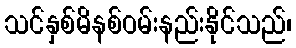
သင်နှစ်မိနစ်ဝမ်းနည်းနိုင်သည်၊